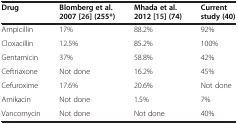
<table><thead><tr><td><b>Drug</b></td><td><b>Blomberg et al. 2007 [26] (255*)</b></td><td><b>Mhada et al. 2012 [15] (74)</b></td><td><b>Current study (40)</b></td></tr></thead><tbody><tr><td>Ampicillin</td><td>17%</td><td>88.2%</td><td>92%</td></tr><tr><td>Cloxacillin</td><td>12.5%</td><td>85.2%</td><td>100%</td></tr><tr><td>Gentamicin</td><td>37%</td><td>58.8%</td><td>42%</td></tr><tr><td>Ceftriaxone</td><td>Not done</td><td>16.2%</td><td>45%</td></tr><tr><td>Cefuroxime</td><td>17.6%</td><td>20.6%</td><td>Not done</td></tr><tr><td>Amikacin</td><td>Not done</td><td>1.5%</td><td>7%</td></tr><tr><td>Vancomycin</td><td>Not done</td><td>Not done</td><td>40%</td></tr></tbody></table>